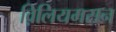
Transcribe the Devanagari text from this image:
व़िलियमसन